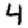
Digit: 4